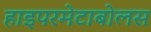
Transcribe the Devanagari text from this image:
हाइपरमेटाबोलस